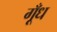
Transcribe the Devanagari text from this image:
गूँध